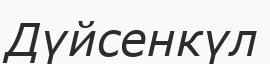
Дүйсенкүл